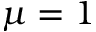
\mu = 1